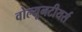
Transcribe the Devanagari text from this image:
वोल्यूनटीयर्स